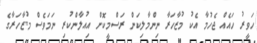
ހަވީރު ހައެއް ޖެހުމާ އެކު މުޒާހަރާ ނިންމާލިކަން ރަސްމީކޮށް އިއުލާންކުރި ނަމަވެސް މުޒާހަރާގެ